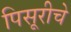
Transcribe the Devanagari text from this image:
पिसूरीचे